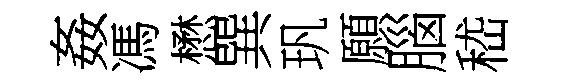
姦馮懋巽㺬願腦嵇